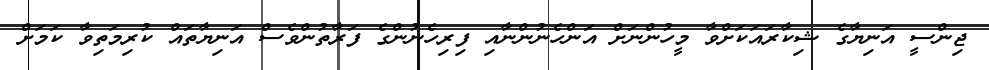
ޖިންސީ އަނިޔާގެ ޝިކާރައަކަށްވާ މީހުންނަށް އަންހެނުންނާއި ފިރިހެނުންގެ ފަރާތުންވެސް އަނިޔާތައް ކުރިމަތިވާ ކަމަށް